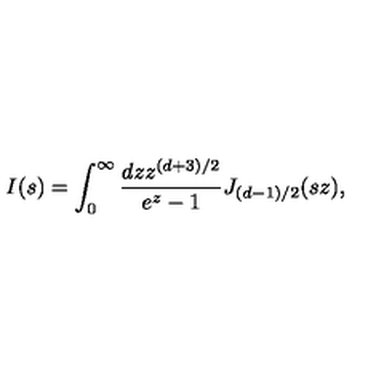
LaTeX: I ( s ) = \int _ { 0 } ^ { \infty } { \frac { d z z ^ { ( d + 3 ) / 2 } } { e ^ { z } - 1 } } J _ { ( d - 1 ) / 2 } ( s z ) ,